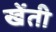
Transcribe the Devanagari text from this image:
खेंती